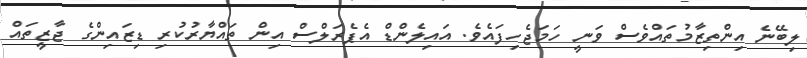
ލިބޭނެ އިންތިޒާމުތައްވެސް ވަނީ ހަމަޖެހިފައެވެ. އައިލެންޑް އެޕެރަލްސް އިން ތައްޔާރުކުރި ޑިޒައިންގެ ޖާޒީތައް